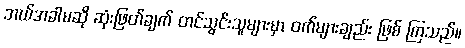
ဘယ်အခါမဆို ဆုံးဖြတ်ချက် တင်သွင်းသူများမှာ ဝက်များချည်း ဖြစ် ကြသည်။